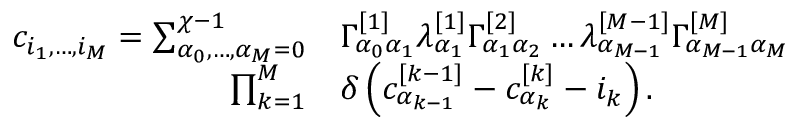
\begin{array} { r l } { c _ { i _ { 1 } , \dots , i _ { M } } = \sum _ { \alpha _ { 0 } , \dots , \alpha _ { M } = 0 } ^ { \chi - 1 } } & { \Gamma _ { \alpha _ { 0 } \alpha _ { 1 } } ^ { [ 1 ] } \lambda _ { \alpha _ { 1 } } ^ { [ 1 ] } \Gamma _ { \alpha _ { 1 } \alpha _ { 2 } } ^ { [ 2 ] } \dots \lambda _ { \alpha _ { M - 1 } } ^ { [ M - 1 ] } \Gamma _ { \alpha _ { M - 1 } \alpha _ { M } } ^ { [ M ] } } \\ { \prod _ { k = 1 } ^ { M } } & { \delta \left( c _ { \alpha _ { k - 1 } } ^ { [ k - 1 ] } - c _ { \alpha _ { k } } ^ { [ k ] } - i _ { k } \right) . } \end{array}